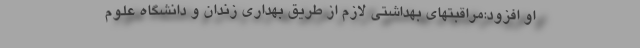
او افزود:مراقبتهای بهداشتی لازم از طریق بهداری زندان و دانشگاه علوم